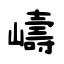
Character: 嶹